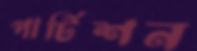
পার্টিশন